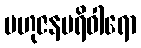
ဗဟုဇနပရိဝါရော